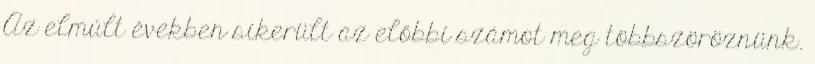
Az elmúlt években sikerült az előbbi számot meg többszöröznünk.